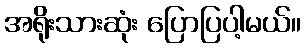
အရိုးသားဆုံး ပြောပြပါ့မယ်။